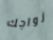
زواجك